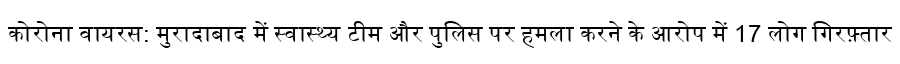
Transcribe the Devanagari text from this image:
कोरोना वायरस: मुरादाबाद में स्वास्थ्य टीम और पुलिस पर हमला करने के आरोप में 17 लोग गिरफ़्तार